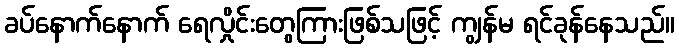
ခပ်နောက်နောက် ရေလှိုင်းတွေကြားဖြစ်သဖြင့် ကျွန်မ ရင်ခုန်နေသည်။